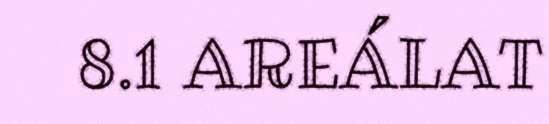
8.1 AREÁLAT